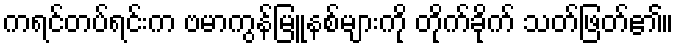
ကရင်တပ်ရင်းက ဗမာကွန်မြူနစ်များကို တိုက်ခိုက် သတ်ဖြတ်၏။